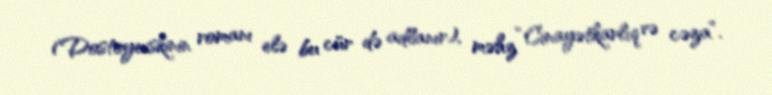
(Dostoyevskinin romanı elə bu cür də adlanır), məhz “Cinayətkarlıq və cəza”.